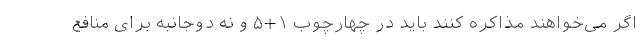
اگر می‌خواهند مذاکره کنند باید در چهارچوب ۱+۵ و نه دوجانبه برای منافع